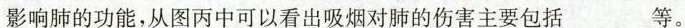
影响肺的功能，从图丙中可以看出吸烟对肺的伤害主要包括___等。